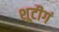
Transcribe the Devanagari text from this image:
शूटीगं